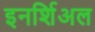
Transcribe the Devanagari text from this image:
इनर्शिअल